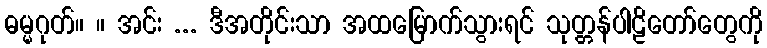
ဓမ္မဂုတ်။ ။ အင်း ... ဒီအတိုင်းသာ အထမြောက်သွားရင် သုတ္တန်ပါဠိတော်တွေကို